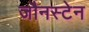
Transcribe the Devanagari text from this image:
जौनस्टेन